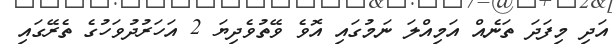
އަދި މިފަދަ ތަނެއް އަމިއްލަ ނަމުގައި އޮވެ ވޭތުވެދިޔަ 2 އަހަރުދުވަހުގެ ތެރޭގައި